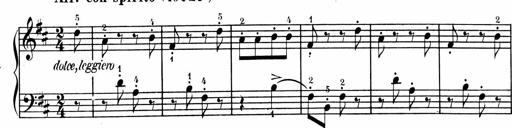
Title: 1Ã¨re Sonatine
Composer: FrÃ©dÃ©ric Binet